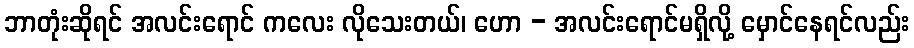
ဘာတုံးဆိုရင် အလင်းရောင် ကလေး လိုသေးတယ်၊ ဟော - အလင်းရောင်မရှိလို့ မှောင်နေရင်လည်း